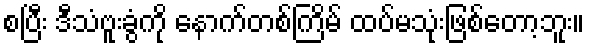
စပြီး ဒီသံဗူးခွံကို နောက်တစ်ကြိမ် ထပ်မသုံးဖြစ်တော့ဘူး။